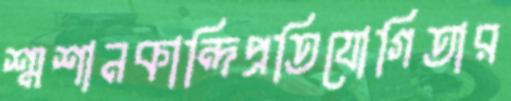
শ্মশানকান্দিপ্রতিযোগিতার